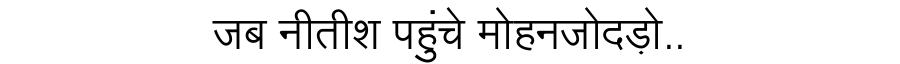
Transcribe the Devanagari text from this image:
जब नीतीश पहुंचे मोहनजोदड़ो..